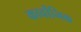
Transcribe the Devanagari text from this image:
कार्वोनिक